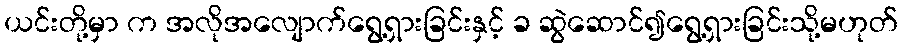
ယင်းတို့မှာ က အလိုအလျောက်ရွေ့ရှားခြင်းနှင့် ခ ဆွဲဆောင်၍ရွေ့ရှားခြင်းသို့မဟုတ်